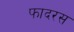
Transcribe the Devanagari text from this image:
फादरस